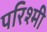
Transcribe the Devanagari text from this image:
परिश्मी